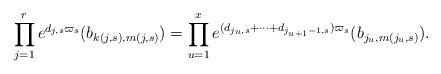
LaTeX: \begin{align*}\prod_{j=1}^r e^{d_{j,s} \varpi_s}(b_{k(j,s),m(j,s)}) = \prod_{u=1}^x e^{(d_{j_u,s} + \dots + d_{j_{u+1}-1,s}) \varpi_s}(b_{j_u, m(j_u,s)}).\end{align*}